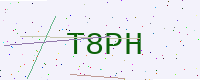
Text: T8PH